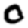
Digit: 0